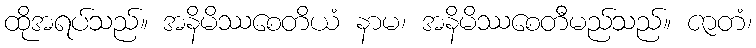
ထိုအရပ်သည်။ အနိမိဿစေတိယံ နာမ၊ အနိမိဿစေတီမည်သည်။ ဇာတံ၊